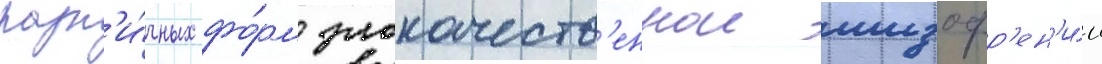
разл'и́чных фо́рм злокачеств'еннои шизофр'ен'и́и